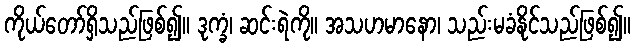
ကိုယ်တော်ရှိသည်ဖြစ်၍။ ဒုက္ခံ၊ ဆင်းရဲကို။ အသဟမာနော၊ သည်းမခံနိုင်သည်ဖြစ်၍။